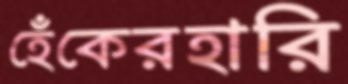
হেঁকেরহারি